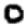
Digit: 0